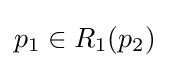
p_{1}\in R_{1}(p_{2})